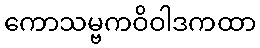
ကောသမ္ဗကဝိဝါဒကထာ